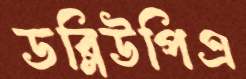
ডব্লিউপিএ